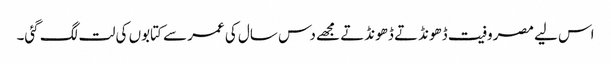
اس لیے مصروفیت ڈھونڈتے ڈھونڈتے مجھے دس سال کی عمر سے کتابوں کی لت لگ گئی۔